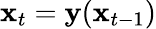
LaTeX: \mathbf x_{t}=\mathbf y(\mathbf x_{t-1})